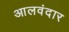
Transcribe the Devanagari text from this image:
आलवंदार